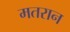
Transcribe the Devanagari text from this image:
मतरान